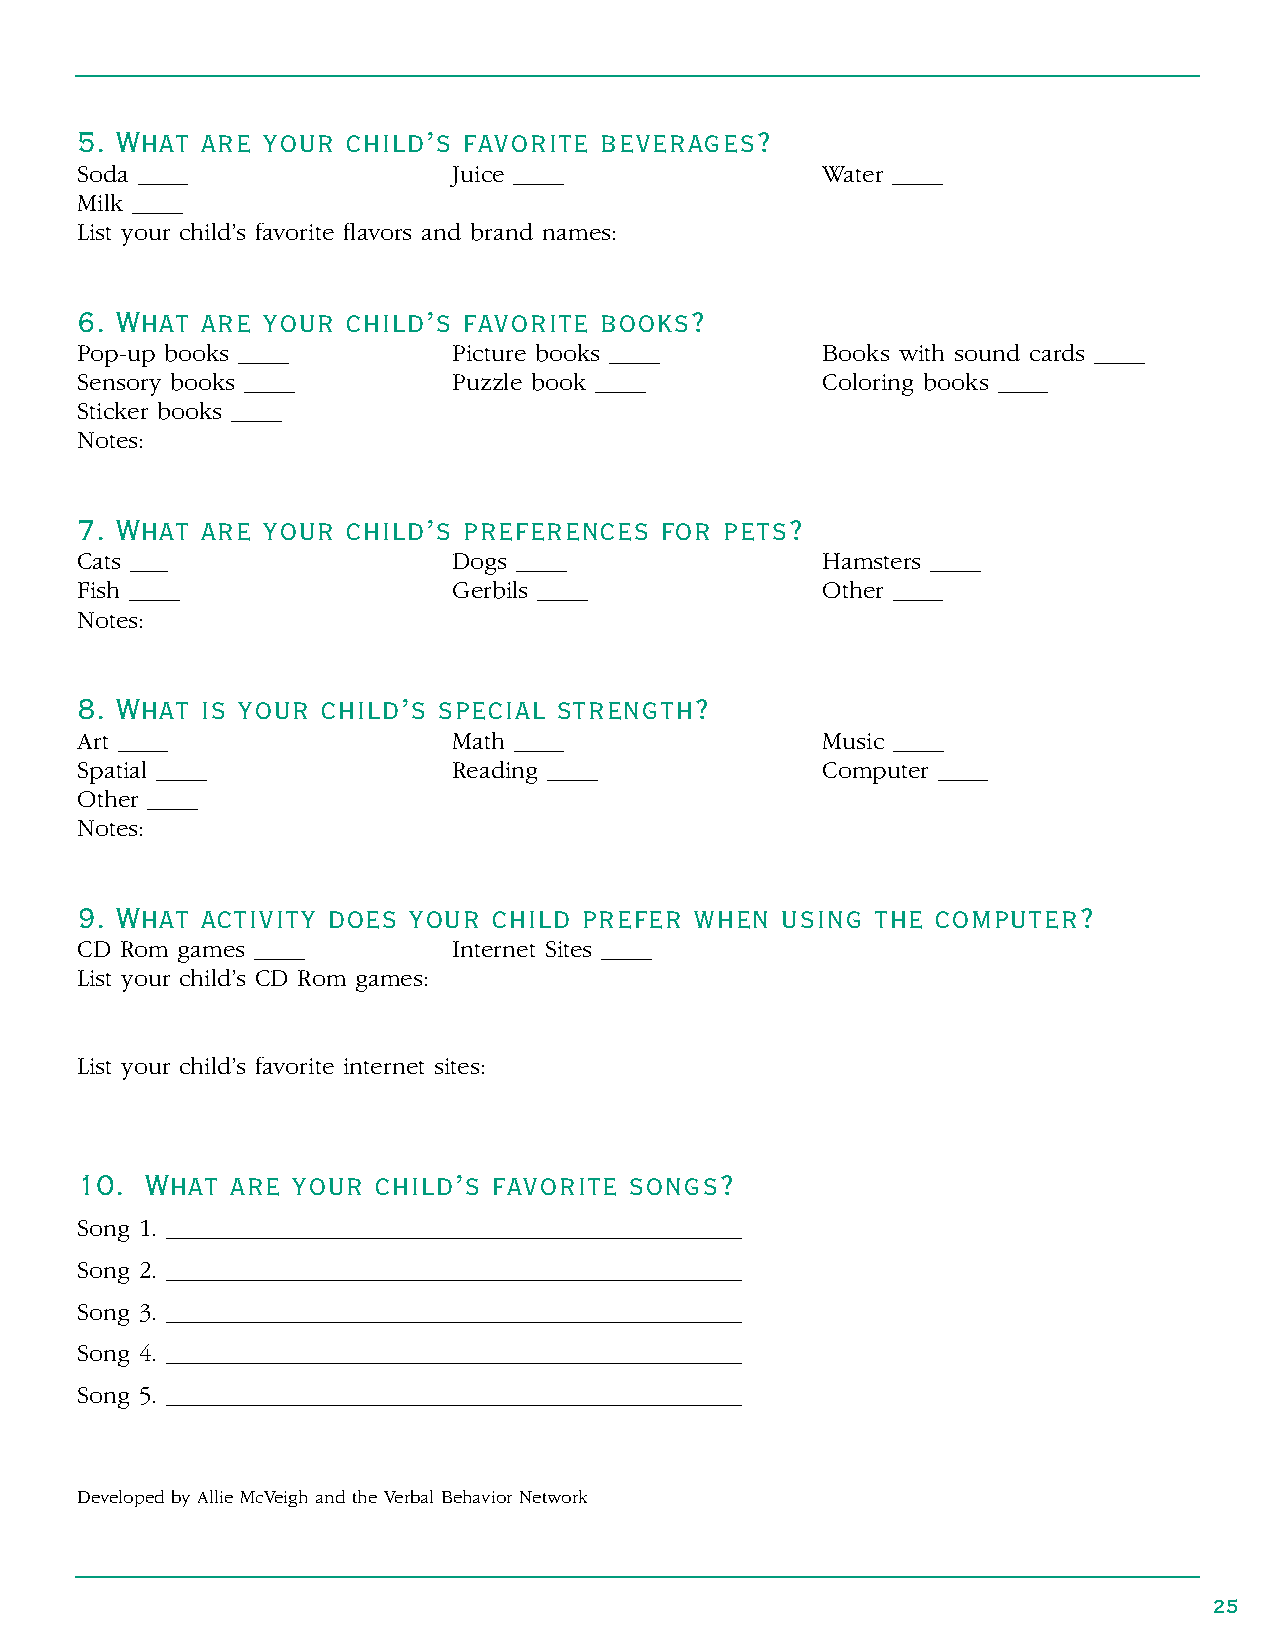
5. What are your  child’s favorite beverages?
 Soda ____                Juice ____              Water ____
 Milk ____
 List your child’s favorite flavors and brand names:
 6. What are your  child’s favorite books?
 Pop-up books ____        Picture books ____      Books with sound cards ____
 Sensory books ____       Puzzle book ____        Coloring books ____
 Sticker books ____
 Notes:
 7. What are your  child’s preferences  for pets?
 Cats ___                 Dogs ____               Hamsters ____
 Fish ____                Gerbils ____            Other ____
 Notes:
 8. What is your child’s special strength?
 Art ____                 Math ____               Music ____
 Spatial ____             Reading ____            Computer ____
 Other ____
 Notes:
 9. What activity does your  child prefer when  using the computer?
 CD Rom games ____        Internet Sites ____
 List your child’s CD Rom games:
 List your child’s favorite internet sites:
 10.  What are your  child’s favorite songs?
 Song 1 . ______________________________________________
 Song 2 . ______________________________________________
 Song 3 . ______________________________________________
 Song 4 . ______________________________________________
 Song 5 . ______________________________________________
 Developed by Allie McVeigh and the Verbal Behavior Network
 25